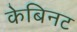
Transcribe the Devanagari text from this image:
केबिनट